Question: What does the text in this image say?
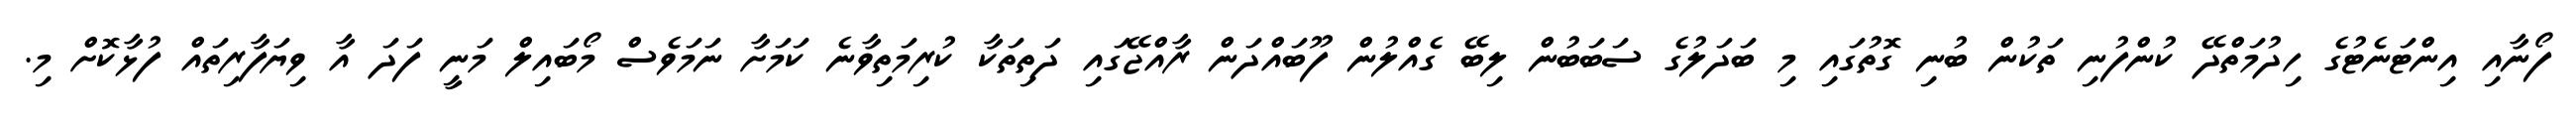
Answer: ފޯނާއި އިންޓަނެޓުގެ ހިދުމަތްދޭ ކުންފުނި ތަކުން ބުނި ގޮތުގައި މި ބަދަލުގެ ސަބަބުން ލިބޭ ގެއްލުން ފޫބައްދަން ރާއްޖޭގައި ދަތިތަކާ ކުރިމަތިވާނެ ކަމަށާ ނަމަވެސް މޯބައިލް މަނީ ފަދަ އާ ވިޔަފާރިތައް ފުޅާކޮށް މި.